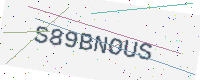
Text: S89BNOUS